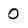
Character: O